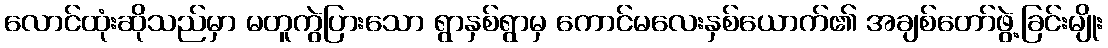
လောင်ထုံးဆိုသည်မှာ မတူကွဲပြားသော ရွာနှစ်ရွာမှ ကောင်မလေးနှစ်ယောက်၏ အချစ်တော်ဖွဲ့ခြင်းမျိုး